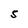
Character: S